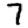
Digit: 7